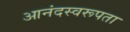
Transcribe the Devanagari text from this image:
आनंदस्वरूपता